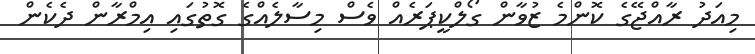
މިއަދު ރާއްޖޭގެ ކޮންމެ ޒުވާން ގޯލްކީޕަރެއް ވެސް މިސާލެއްގެ ގޮތުގައި އިމްރާން ދެކެން